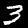
Label: 3